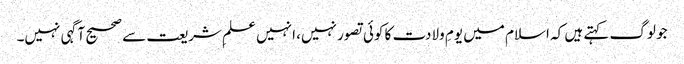
جو لوگ کہتے ہیں کہ اسلام میں یومِ ولادت کا کوئی تصور نہیں، انہیں علمِ شریعت سے صحیح آگہی نہیں۔